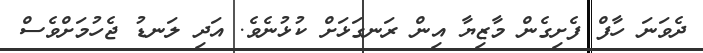
ދެވަނަ ހާފް ފެށިގެން މާޒިޔާ އިން ރަނގަޅަށް ކުޅުނެވެ. އަދި ލަނޑު ޖެހުމަށްވެސް